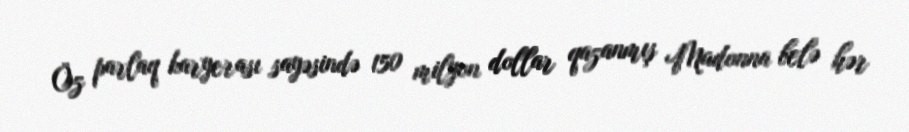
Öz parlaq karyerası sayəsində 150 milyon dollar qazanmış Madonna belə hər